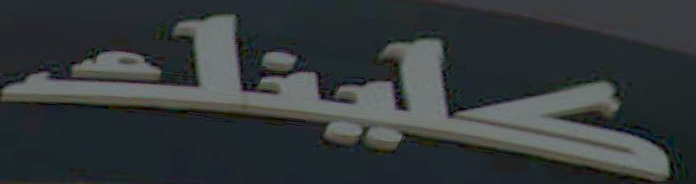
كلينك